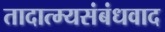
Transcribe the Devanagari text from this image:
तादात्म्यसंबंधवाद